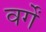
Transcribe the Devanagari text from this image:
वर्गें